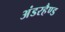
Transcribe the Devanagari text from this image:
अंडरहैण्ड